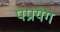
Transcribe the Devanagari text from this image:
पप्रयेग